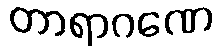
တာရာဂဏေ